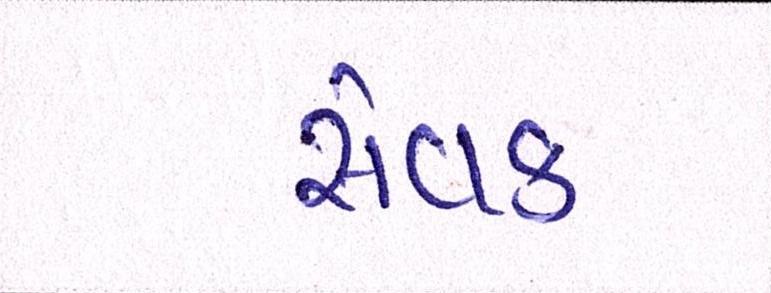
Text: સેવક